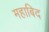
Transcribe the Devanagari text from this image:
महाबिद